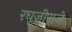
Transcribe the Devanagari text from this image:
रघूजीराजे